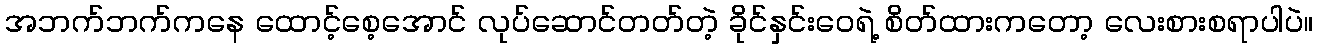
အဘက်ဘက်ကနေ ထောင့်စေ့အောင် လုပ်ဆောင်တတ်တဲ့ ခိုင်နှင်းဝေရဲ့ စိတ်ထားကတော့ လေးစားစရာပါပဲ။